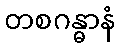
တစဂန္ဓာနံ